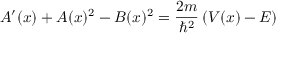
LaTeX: A ^ { \prime } ( x ) + A ( x ) ^ { 2 } - B ( x ) ^ { 2 } = { \frac { 2 m } { \hbar ^ { 2 } } } \left( V ( x ) - E \right)